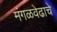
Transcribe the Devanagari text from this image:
मंगळवेढाचे